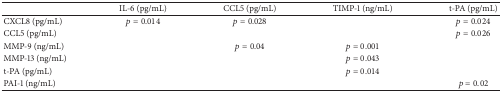
|  | IL-6 (pg/mL) | CCL5 (pg/mL) | TIMP-1 (ng/mL) | t-PA (pg/mL) |
 | --- | --- | --- | --- | --- |
 | CXCL8 (pg/mL) | p = 0.014 | p = 0.028 |  | p = 0.024 |
 | CCL5 (pg/mL) |  |  |  | p = 0.026 |
 | MMP-9 (ng/mL) |  | p = 0.04 | p = 0.001 |  |
 | MMP-13 (ng/mL) |  |  | p = 0.043 |  |
 | t-PA (pg/mL) |  |  | p = 0.014 |  |
 | PAI-1 (ng/mL) |  |  |  | p = 0.02 |